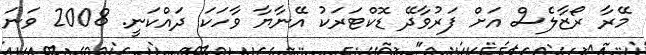
މޭރާ ރޯޒާލެސް އަށް ފަރުވާދޭ ޑޮކްޓަރަކު އޭނާޔާ ވާހަކަ ދައްކަނީ. 2008 ވަނަ